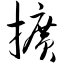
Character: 扩